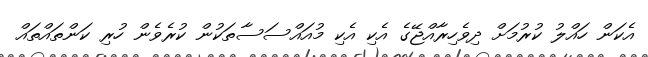
އެކަން ހައްލު ކުރުމަށް ދިވެހިރާއްޖޭގެ އެކި އެކި މުއައްސަސާތަކުން ކުރެވެން ހުރި ކަންތައްތައް